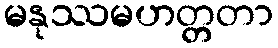
မနုဿမဟတ္တတာ